Civil Veterinary Dept. North-West Frontier Province 1901-22 - 1901-1922
Year: 1901
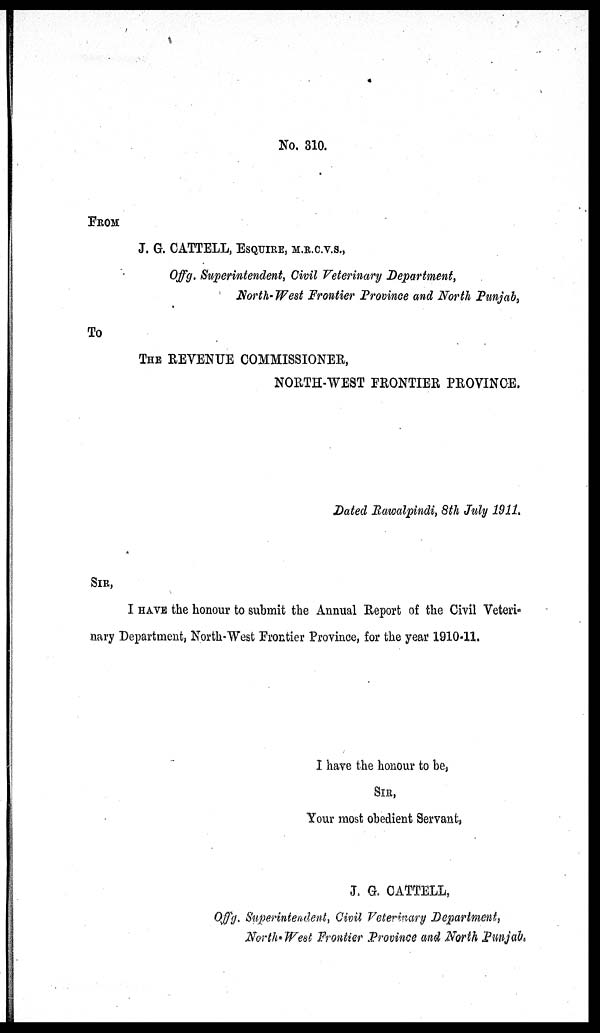
No. 310.
FROM
J. G. CATTELL, ESQUIRE, M.R.C.V.S.,
Offg. Superintendent, Civil Veterinary Department,
North-West Frontier Province and North Punjab,
To
THE REVENUE COMMISSIONER,
NORTH-WEST FRONTIER PROVINCE.
Dated Rawalpindi, 8th July 1911.
SIR,
I HAVE the honour to submit the Annual Report of the Civil Veteri-
nary Department, North-West Frontier Province, for the year 1910-11.
I have the honour to be,
SIR,
Your most obedient Servant,
J. G. CATTELL,
Of f g. Superintendent, Civil Veterinary Department,
North-West Frontier Province and North Punjab.